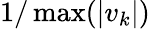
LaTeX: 1/\operatorname*{max}(|v_{k}|)